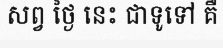
សព្វ ថ្ងៃ នេះ ជាទូទៅ គឺ